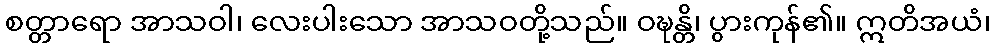
စတ္တာရော အာသဝါ၊ လေးပါးသော အာသဝတို့သည်။ ဝဍ္ဎန္တိ၊ ပွားကုန်၏။ ဣတိအယံ၊